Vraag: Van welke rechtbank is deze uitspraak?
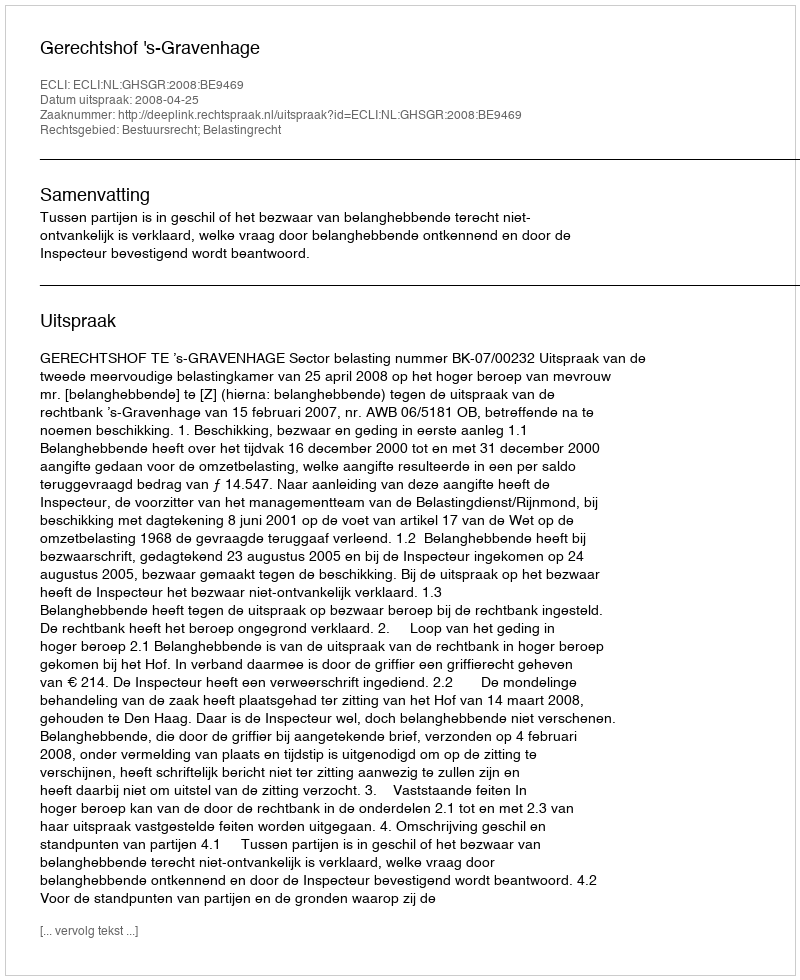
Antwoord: Gerechtshof 's-Gravenhage